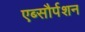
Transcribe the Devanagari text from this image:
एब्सौर्पशन